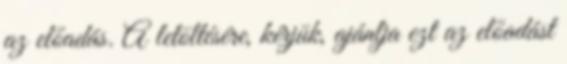
az előadás. A letöltésére, kérjük, ajánlja ezt az előadást